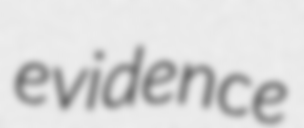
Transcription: evidence